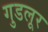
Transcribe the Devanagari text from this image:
गुडलूर